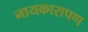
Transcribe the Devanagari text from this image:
नायकासपण